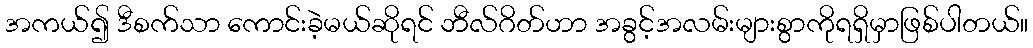
အကယ်၍ ဒီစက်သာ ကောင်းခဲ့မယ်ဆိုရင် ဘီလ်ဂိတ်ဟာ အခွင့်အလမ်းများစွာကိုရရှိမှာဖြစ်ပါတယ်။